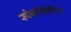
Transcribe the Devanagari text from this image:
स्पेक्टोमीटर